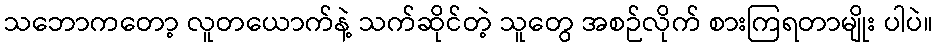
သဘောကတော့ လူတယောက်နဲ့ သက်ဆိုင်တဲ့ သူတွေ အစဉ်လိုက် စားကြရတာမျိုး ပါပဲ။